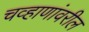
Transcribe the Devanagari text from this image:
चव्हाणांवरील